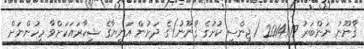
ޤާނޫނު ނަންބަރު 2014/17 (ޖިންސީ ކުށުގެ ޤާނޫނު)ގެ ދަށުން އަނިޔާގެ ޝިކާރައަކަށްވާ މީހުންނަށް